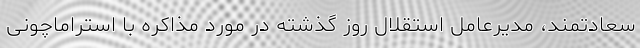
سعادتمند، مدیرعامل استقلال روز گذشته در مورد مذاکره با استراماچونی